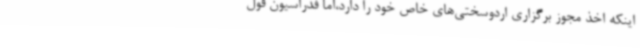
اینکه اخذ مجوز برگزاری اردوسختی‌های خاص خود را دارد،اما فدراسیون قول